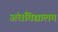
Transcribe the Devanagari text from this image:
अंधविद्यालय